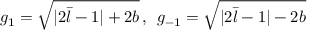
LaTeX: g _ { 1 } = \sqrt { | 2 \bar { l } - 1 | + 2 b } \, , \; \, g _ { - 1 } = \sqrt { | 2 \bar { l } - 1 | - 2 b }